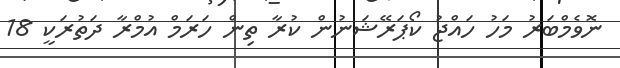
ނޮވެމްބަރު މަހު ހައްޖު ކޯޕަރޭޝަނުން ކުރާ ތިން ހަރަމް އުމްރާ ދަތުރަކީ 18